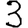
Digit: 3